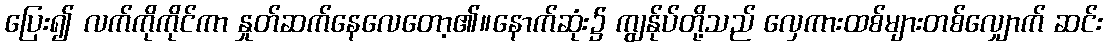
ပြေး၍ လက်ကိုကိုင်ကာ နှုတ်ဆက်နေလေတော့၏။နောက်ဆုံး၌ ကျွန်ုပ်တို့သည် လှေကားထစ်များတစ်လျှောက် ဆင်း